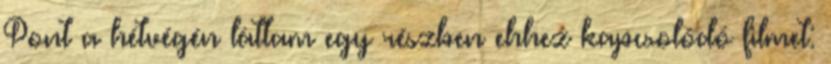
Pont a hétvégén láttam egy részben ehhez kapcsolódó filmet: